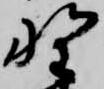
野